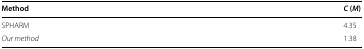
| Method | C (M) |
 | --- | --- |
 | SPHARM | 4.35 |
 | Our method | 1.38 |